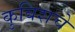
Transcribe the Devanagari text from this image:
कुबिशचे